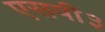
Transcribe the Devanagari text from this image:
एसपी३